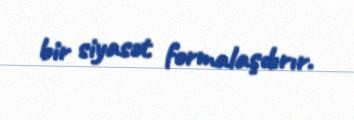
bir siyasət formalaşdırır.